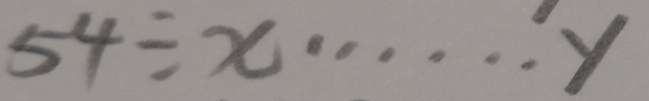
5 4 \div x \cdots y